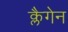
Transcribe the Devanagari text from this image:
क्लैगेन